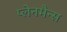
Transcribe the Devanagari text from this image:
प्लेनमैन्स